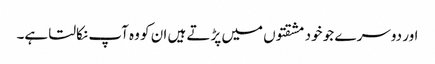
اور دوسر ے جو خود مشقتوں میں پڑتے ہیں ان کو وہ آپ نکالتا ہے۔